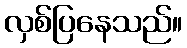
လှစ်ပြနေသည်။